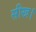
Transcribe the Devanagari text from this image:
सीख।